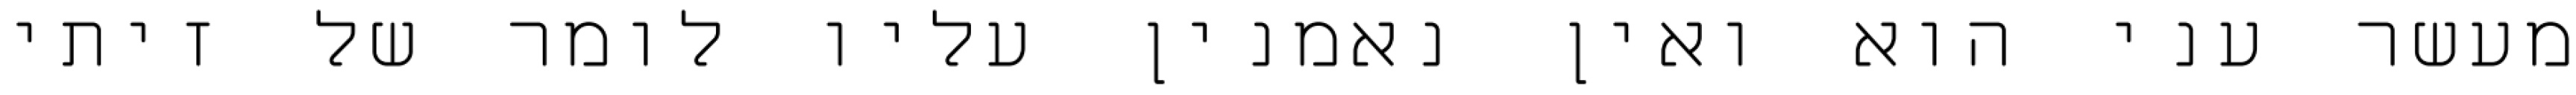
מעשר עני הוא ואין נאמנין עליו לומר של זיתי